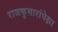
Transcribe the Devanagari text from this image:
राजकुमारांपेक्षा